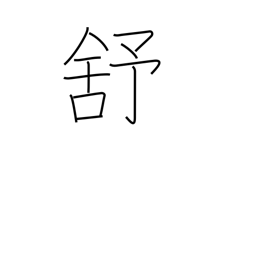
Meaning: relax